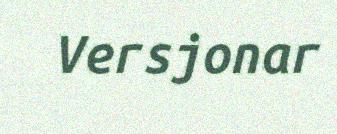
Versjonar